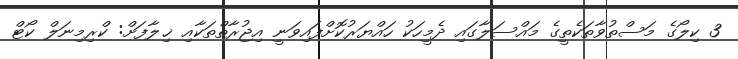
3 ކިލޯގެ މަސްތުވާތަކެތީގެ މައްސަލާގައި ދެމީހަކު ހައްޔަރުކޮށްފައިވަނީ އިޖުރާތްތަކާއި ޚިލާފަށް: ކްރިމިނަލް ކޯޓް